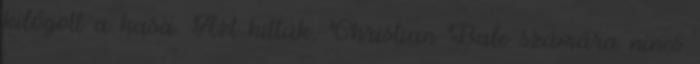
kilógott a hasa. Azt hittük, Christian Bale számára nincs